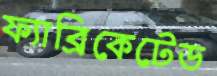
ফ্যাব্রিকেটেড